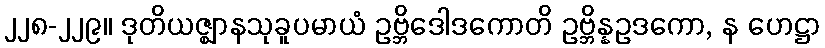
၂၂၈-၂၂၉။ ဒုတိယဇ္ဈာနသုခူပမာယံ ဥဗ္ဘိဒေါဒကောတိ ဥဗ္ဘိန္နဥဒကော, န ဟေဋ္ဌာ